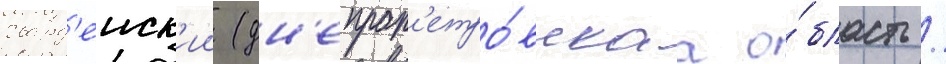
гвард'еиск'ии (дн'епроп'етро́вскаа о́бласть /